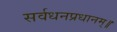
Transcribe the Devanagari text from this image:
सर्वधनप्रधानम्॥